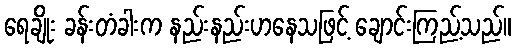
ရေချိုး ခန်းတံခါးက နည်းနည်းဟနေသဖြင့် ချောင်းကြည့်သည်။